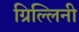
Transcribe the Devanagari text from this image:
ग्रिल्लिनी